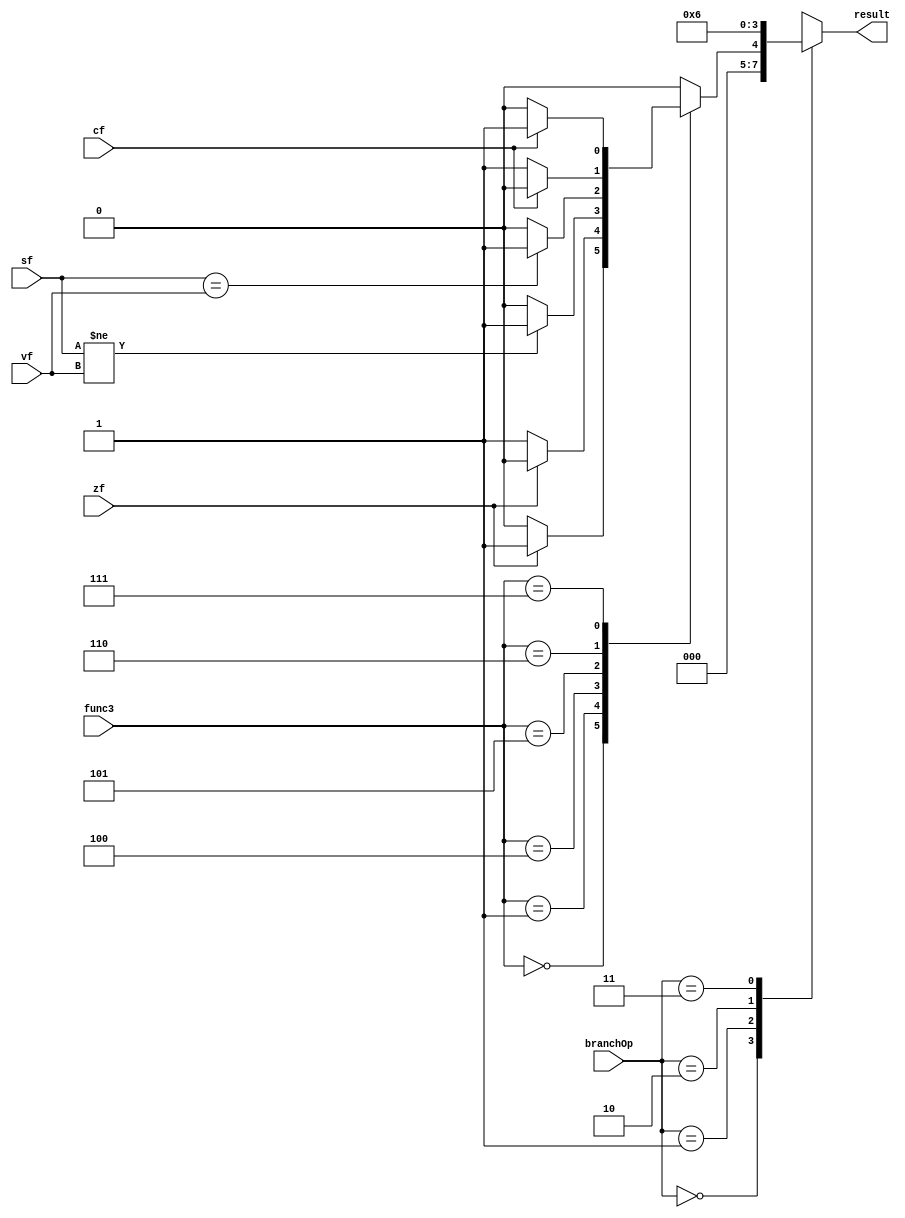
`timescale 1ns / 1ps

/*******************************************************************
*
* Module: Conditional_Branches.v
* Project: NBitRegister 3
          Omar Bahgat omar_bahgat@aucegypt.edu
* Description: Conditional_Branches
*
* Change history: 
**********************************************************************/


module Conditional_Branches(
    input [1:0] branchOp,
    input [2:0] func3,
    input zf, cf, vf, sf,
    output reg [1:0]result 
    );
    
    always@(*) begin
        case(branchOp)
            2'b00:result =2'b00;
            2'b01: begin
                case(func3)
                    0: result = (zf==1)?1:0;           //BEQ
                    1: result = (zf!=1)? 1:0;          //BNQ
                    4: result = (sf != vf)?1:0;     //BLT
                    5: result = (sf == vf)?1:0;     //BGE
                    6: result = (cf!=1)?1:0;          // BLTU
                    7: result = (cf==1)?1:0;           // BGEU
                    default: result = 0;
                 endcase
                end
            2'b10:result = 2'b01; // Jal
            2'b11:result = 2'b10; // JalR
        endcase
    end
endmodule